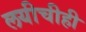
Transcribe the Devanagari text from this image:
लयीचीही